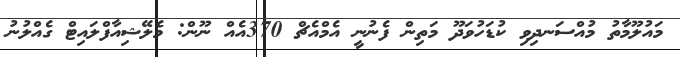
މައުލޫމާތު މުއްސަނދިވި ކުޑަހުވަދޫ މަތިން ފެނުނީ އެމްއެޗް 370އެއް ނޫން: މެލޭޝިއާފްލައިޓް ގެއްލުނު